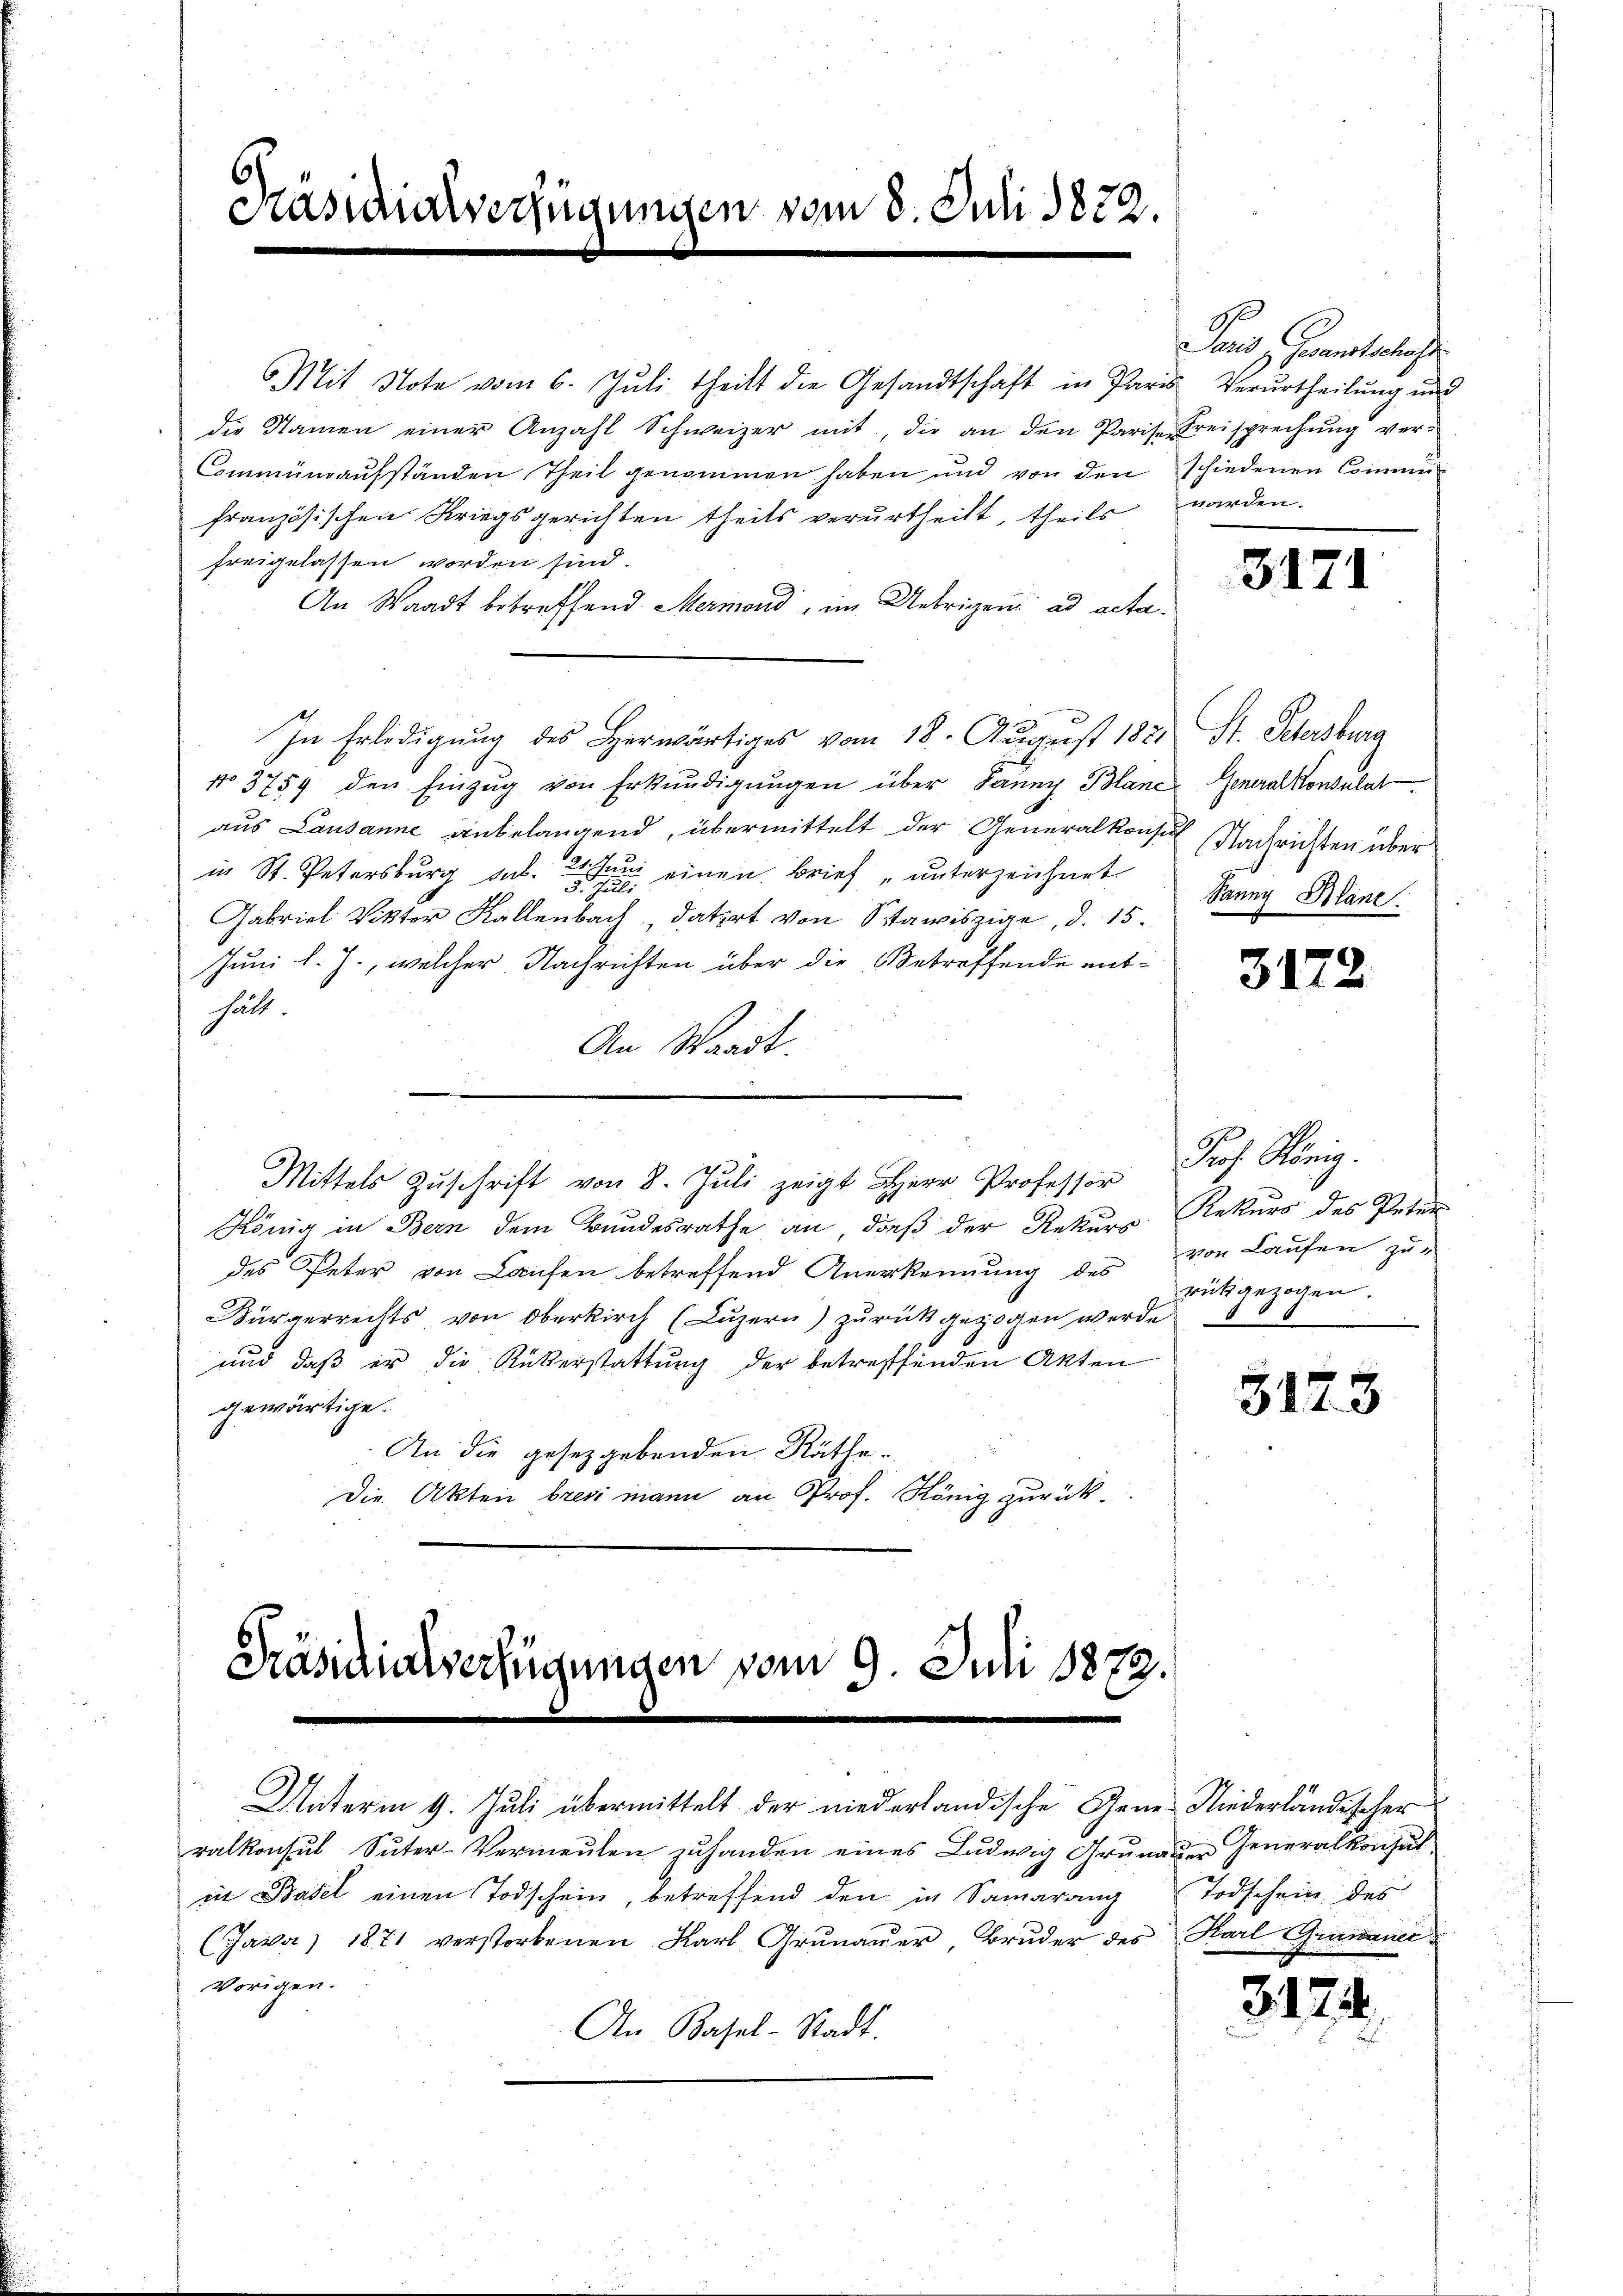
6
Präsidialverfügungen vom 8. Juli 1872.

Mit Note vom 6. Juli theilt die Gesandtschaft in Paris Verurtheilung und
die Namen einer Anzahl Schweizer mit, die an den Parise Freisprechŭng ver¬
Communaufständen Theil genommen haben und von den schiedenen Commifranzösischen Kriegsgerichten theils verurtheilt, theils
freigelassen worden sind.
An Waadt betreffend Mermond, im Uebrigend ad acta.
In Erledigung des Herwärtiges vom 18. August 1871
No 3759 den Einzŭg von Erkŭndigŭngen über dann Blane Generalkonsulat
aus Lausanne anbelangend, übermittelt der Generalkonsul Nachrichten über
in St. Petersburg sub. 2 einen Brief „unterzeichnet
Gabriel Viktor Kallenbach, datirt von Stawiszige, d. 15.
Juni l. J., welcher Nachrichten über die Betreffende enthält.
An Waadt.
Mit Zŭschrift von Prof. Kö
König in Bern dem Bundesrathe an, daß der Rekurs-Rekurs des Peten
des Peter von Laufen betreffend Anerkennung des von Laufen zu-
Bürgerrechts von Oberkirch (Luzern) zurückgezogen werde
und daß er die Rükerstattung der betreffenden Akten
gewärtige.
An die gesetzgebenden Räthe.
Die Akten brevi mann an Prof. König zurück.

ralkonsul Suter-Vermeuten zuhanden eines Ludwig Grunauer Generalkonsul
in Basel einen Todschein, betreffend den in Samarang
(Java, 1871 verstorbenen Karl Grünauer, Bruder des
Vorigen.
An Basel-Stadt.

Präsidialverfügungen vom 9. Juli 1872.
Unterm 9. Juli übermittelt der niederländische Gene-Niederländischer

Fand Genanstalt
worden.

3171

S. Petersburg
Sanny Pläne.

3172

rükgezogen.

3173

Todschein des
Karl Grünauer

3.